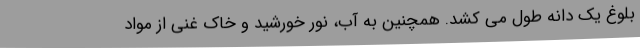
بلوغ یک دانه طول می کشد. همچنین به آب، نور خورشید و خاک غنی از مواد